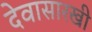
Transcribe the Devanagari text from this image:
देवासारखी